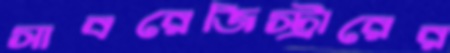
সাবরেজিস্ট্রারের